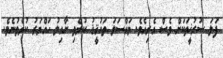
ފަލަ ސުރުޚީތަކަށް ވެސް އެރިއެވެ. މައްސަލަ ތަހުޤީޤު ކުރެވި ނާއިލު ހައްޔަރު ކުރެވުނެވެ.